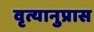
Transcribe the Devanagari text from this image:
वृत्यानुप्रास